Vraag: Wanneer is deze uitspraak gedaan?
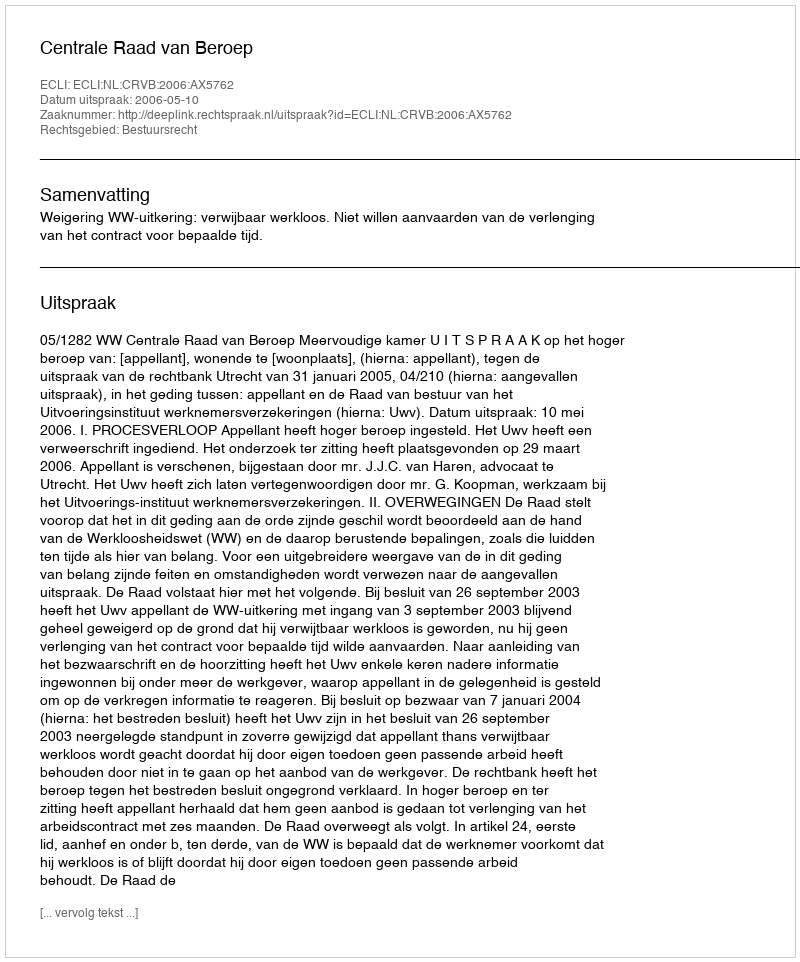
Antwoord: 2006-05-10